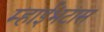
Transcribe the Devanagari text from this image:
म्हाईंभटास